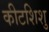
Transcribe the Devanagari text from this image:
कीटशिशु